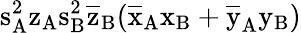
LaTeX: \mathrm{s_{A}^{2}\mathrm{z_{A}\mathrm{s_{B}^{2}\mathrm{\overline{{z}}_{B}(\mathrm{\overline{{x}}_{A}\mathrm{x_{B}+\mathrm{\overline{{y}}_{A}\mathrm{y_{B})}}}}}}}}